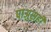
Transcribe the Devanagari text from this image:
पाअुसही